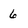
Character: 6